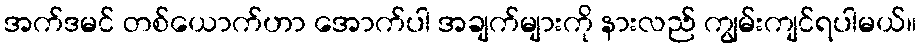
အက်ဒမင် တစ်ယောက်ဟာ အောက်ပါ အချက်များကို နားလည် ကျွမ်းကျင်ရပါမယ်။